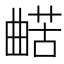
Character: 𱢵